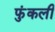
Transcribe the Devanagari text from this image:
फुंकली